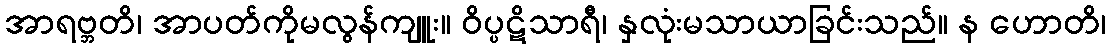
အာရဗ္ဘတိ၊ အာပတ်ကိုမလွန်ကျူး။ ဝိပ္ပဋိသာရီ၊ နှလုံးမသာယာခြင်းသည်။ န ဟောတိ၊